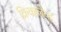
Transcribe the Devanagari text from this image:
क्रिकालेव्ह